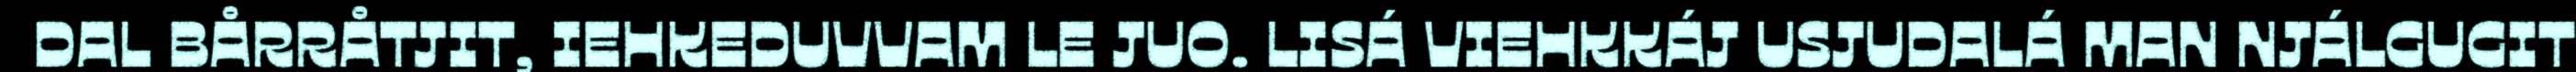
DAL BÅRRÅTJIT, IEHKEDUVVAM LE JUO. LISÁ VIEHKKÁJ USJUDALÁ MAN NJÁLGUGIT